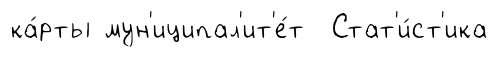
ка́рты мун'иципал'ит'е́т Стат'и́ст'ика